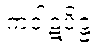
ကဝါဋပိဋ္ဌံ